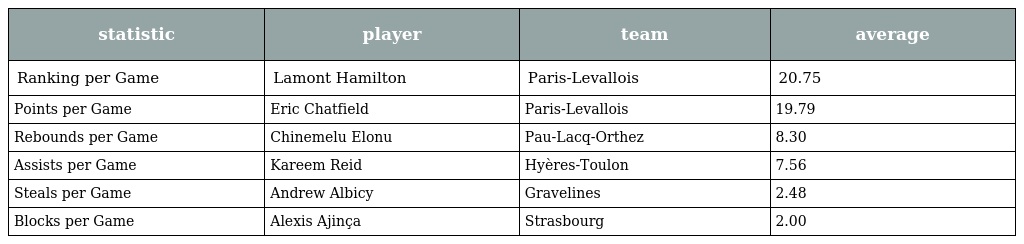
| statistic | player | team | average |
 | --- | --- | --- | --- |
 | Ranking per Game | Lamont Hamilton | Paris-Levallois | 20.75 |
 | Points per Game | Eric Chatfield | Paris-Levallois | 19.79 |
 | Rebounds per Game | Chinemelu Elonu | Pau-Lacq-Orthez | 8.30 |
 | Assists per Game | Kareem Reid | Hyères-Toulon | 7.56 |
 | Steals per Game | Andrew Albicy | Gravelines | 2.48 |
 | Blocks per Game | Alexis Ajinça | Strasbourg | 2.00 |